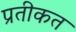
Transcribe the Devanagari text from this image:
प्रतीकत